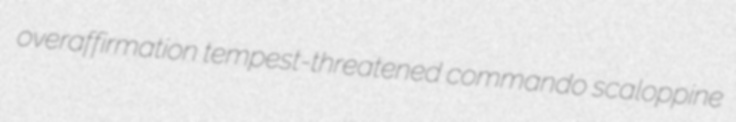
overaffirmation tempest-threatened commando scaloppine